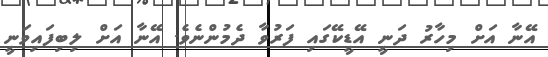
އޭނާ އަށް މިހާރު ދަނީ އޭޑީކޭގައި ފަރުވާ ދެމުންނެވެ. އޭނާ އަށް ލިބިފައިވަނީ